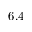
6 . 4